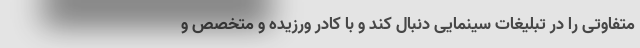
متفاوتی را در تبلیغات سینمایی دنبال کند و با کادر ورزیده و متخصص و